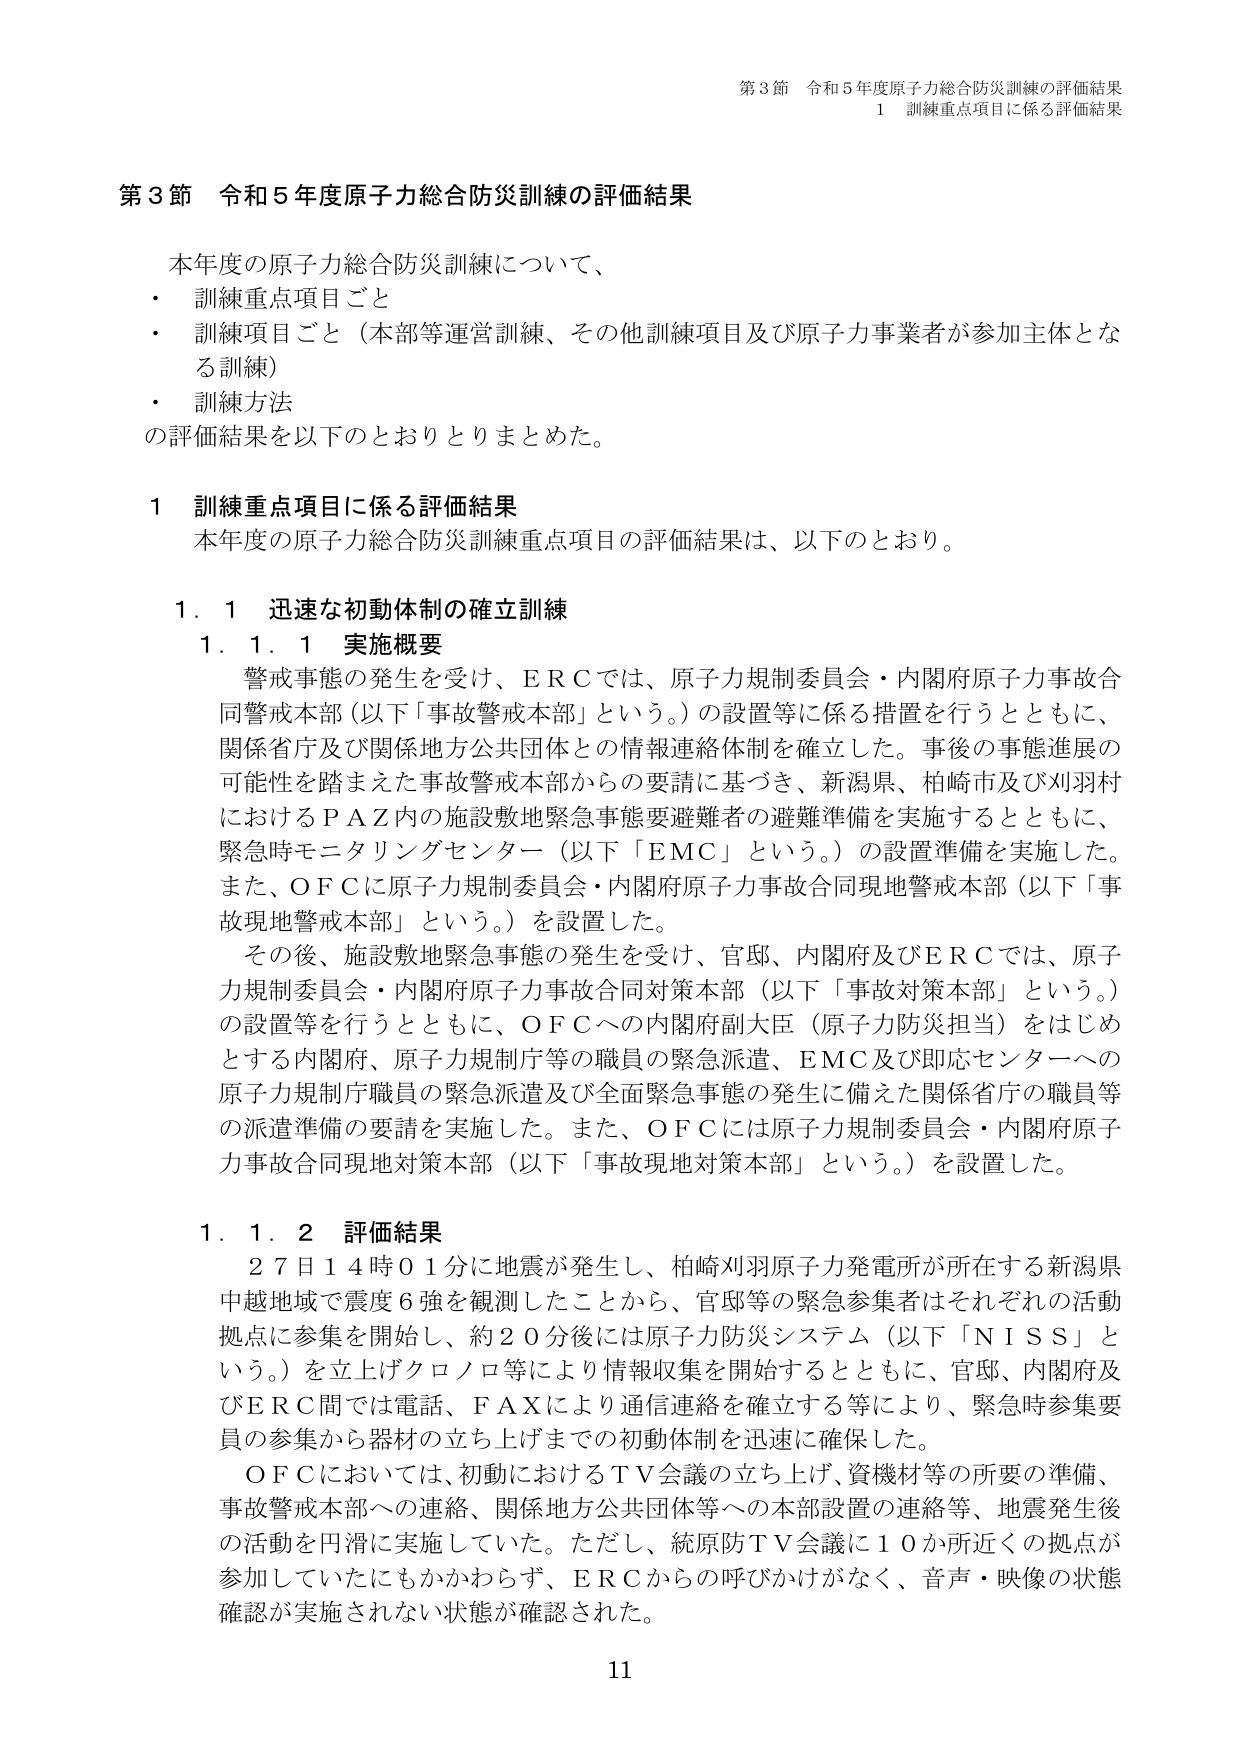
第3節 令和5年度原子力総合防災訓練の評価結果
1 訓練重点項目に係る評価結果

第3節 令和5年度原子力総合防災訓練の評価結果
本年度の原子力総合防災訓練について、
・ 訓練重点項目ごと
・ 訓練項目ごと（本部等運営訓練、その他訓練項目及び原子力事業者が参加主体となる訓練）
・ 訓練方法
の評価結果を以下のとおりとりまとめた。

1 訓練重点項目に係る評価結果
本年度の原子力総合防災訓練重点項目の評価結果は、以下のとおり。

1.1 迅速な初動体制の確立訓練
1.1.1 実施概要
警戒事態の発生を受け、ERCでは、原子力規制委員会・内閣府原子力事故合同警戒本部（以下「事故警戒本部」という。）の設置等に係る措置を行うとともに、関係省庁及び関係地方公共団体との情報連絡体制を確立した。事後の事態進展の可能性を踏まえた事故警戒本部からの要請に基づき、新潟県、柏崎市及び刈羽村におけるPAZ内の施設敷地緊急事態要避難者の避難準備を実施するとともに、緊急時モニタリングセンター（以下「EMC」という。）の設置準備を実施した。また、OFCに原子力規制委員会・内閣府原子力事故合同現地警戒本部（以下「事故現地警戒本部」という。）を設置した。
その後、施設敷地緊急事態の発生を受け、官邸、内閣府及びERCでは、原子力規制委員会・内閣府原子力事故合同対策本部（以下「事故対策本部」という。）の設置等を行うとともに、OFCへの内閣府副大臣（原子力防災担当）をはじめとする内閣府、原子力規制庁等の職員の緊急派遣、EMC及び即応センターへの原子力規制庁職員の緊急派遣及び全面緊急事態の発生に備えた関係省庁の職員等の派遣準備の要請を実施した。また、OFCには原子力規制委員会・内閣府原子力事故合同現地対策本部（以下「事故現地対策本部」という。）を設置した。

1.1.2 評価結果
27日14時01分に地震が発生し、柏崎刈羽原子力発電所が所在する新潟県中越地域で震度6強を観測したことから、官邸等の緊急参集者はそれぞれの活動拠点に参集を開始し、約20分後には原子力防災システム（以下「NISS」という。）を立上げクロノロ等により情報収集を開始するとともに、官邸、内閣府及びERC間では電話、FAXにより通信連絡を確立する等により、緊急時参集要員の参集から器材の立ち上げまでの初動体制を迅速に確保した。
OFCにおいては、初動におけるTV会議の立ち上げ、資機材等の所要の準備、事故警戒本部への連絡、関係地方公共団体等への本部設置の連絡等、地震発生後の活動を円滑に実施していた。ただし、統原防TV会議に10か所近くの拠点が参加していたにもかかわらず、ERCからの呼びかけがなく、音声・映像の状態確認が実施されない状態が確認された。

11